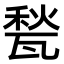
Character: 甃